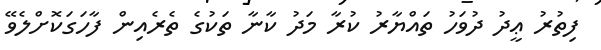
ފިތުރު ޢީދު ދުވަހު ތައްޔާރު ކުރާ މަދު ކާނާ ތަކުގެ ތެރެއިން ފާހަގަކޮށްލެވޭ